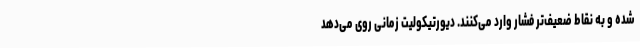
شده و به نقاط ضعیف‌تر فشار وارد می‌کنند. دیورتیکولیت زمانی روی می‌دهد